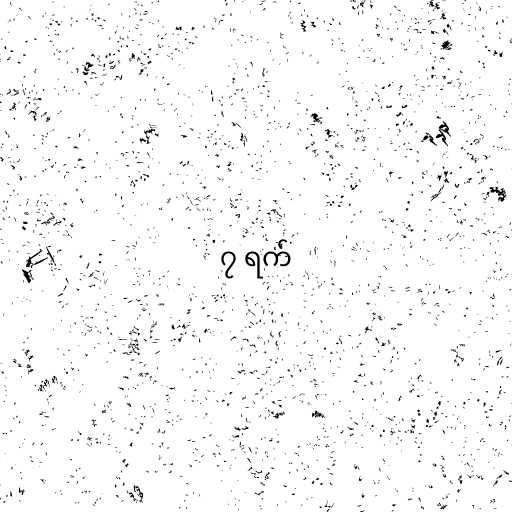
၇ ရက်